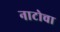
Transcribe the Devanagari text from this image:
नाटोचा